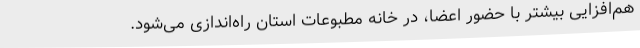
هم‌افزایی بیشتر با حضور اعضا، در خانه مطبوعات استان راه‌اندازی می‌شود.